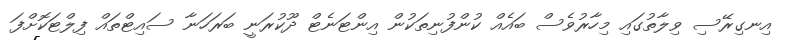
އިނގިރޭސި ވިލާތުގައި މިހާރުވެސް ބައެއް ކުންފުނިތަކުން އިންޓަނެޓް ދޫކުރަނީ ބަރަހަނާ ސައިޓްތައް ފިލްޓަކޮށްފަ